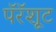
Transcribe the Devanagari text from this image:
पॅरॅशूट